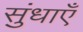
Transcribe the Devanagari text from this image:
सुंधाएँ